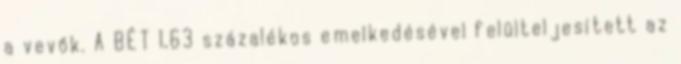
a vevők. A BÉT 1,63 százalékos emelkedésével felülteljesített az